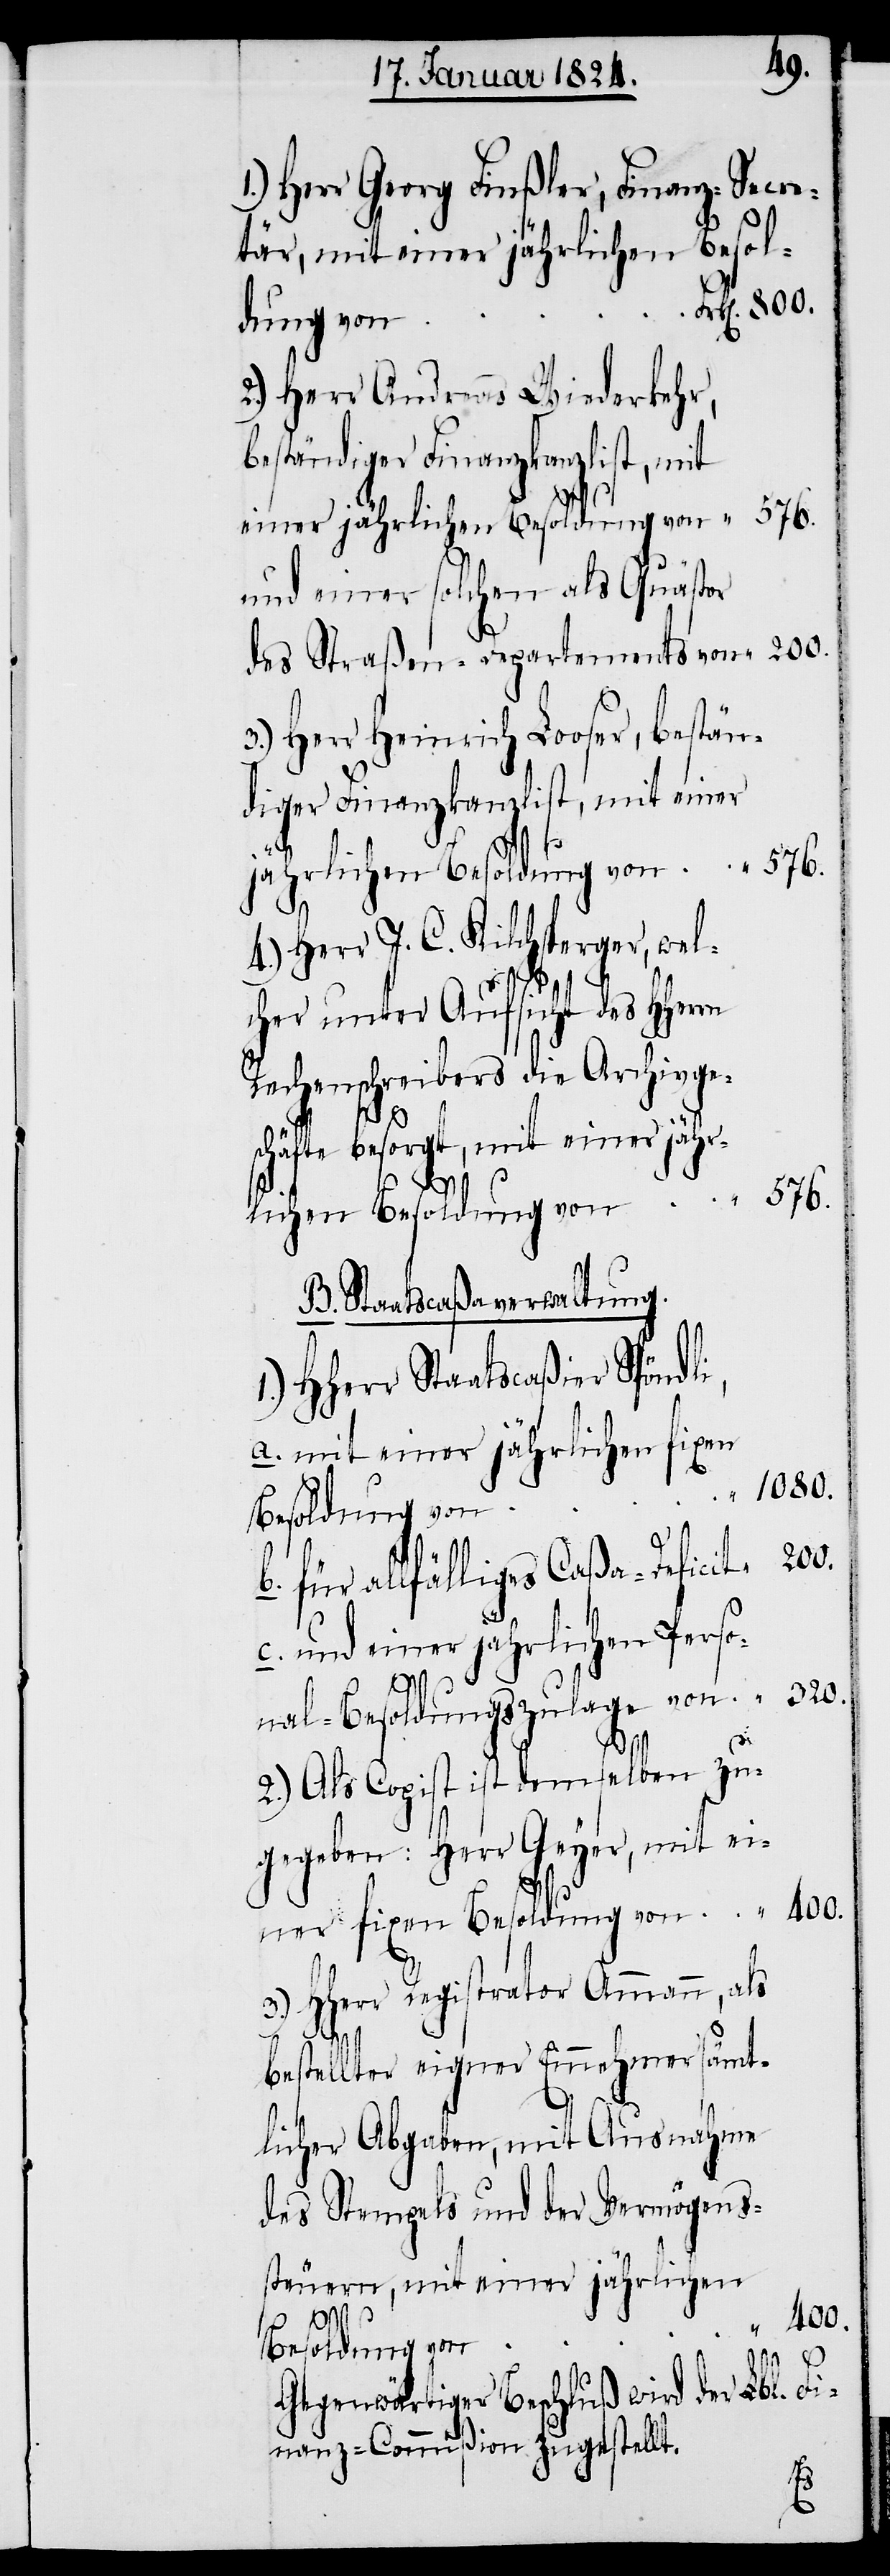
Herr Georg Finßler, Finanz-Secre¬
tär, mit einer jährlichen Besol¬
dung von
2.) Herr Andreas Wiederkehr,
beständiger Finanzkanzlist, mit
rn
und einer solchen als Quästor
des Straßen-Departements von
3.) Herr Heinrich Looser, bestän¬
diger Finanzkanzlist, mit einer
4.) Herr J. C. Kilchsperger, wel¬
cher unter Aufsicht des HHer¬
Rechenschreibers die Archivge¬
400.
schäfte besorgt, mit einer jähr¬
576.
lichen Besoldung von
B. Staatscaßaverwaltung.
HHerr Staatscaßier Spöndli,
a.) mit einer jährlichen fixen
Beslodung von
c.)
b.) für allfälliges Caßa-Deficit
und einer jährlichen Perso¬
nal-Besoldungszulage von
2.) Als Copist ist demselben zu¬
gegeben: Herr Geyer, mit ei¬
3.) HHerr Registrator Ammann, als
ner
bestellter eigner Einnehmer sämt¬
licher Abgaben, mit Ausnahme
des Stempels und der Vermögens¬
steuern, mit einer jährlichen
Besoldung von
Gegenwärtiger Beschluß wird der Lbl. Fi¬
nanz-Commißion zugestellt.
1.)